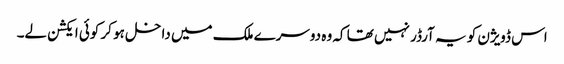
اس ڈویژن کو یہ آرڈر نہیں تھا کہ وہ دوسرے ملک میں داخل ہو کر کوئی ایکشن لے۔